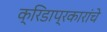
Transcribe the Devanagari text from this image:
क्रिडाप्रकारांचे